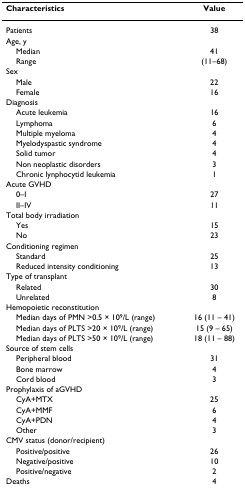
<table><thead><tr><td><b>Characteristics</b></td><td><b>Value</b></td></tr></thead><tbody><tr><td>Patients</td><td>38</td></tr><tr><td>Age, y</td><td></td></tr><tr><td> Median</td><td>41</td></tr><tr><td> Range</td><td>(11–68)</td></tr><tr><td>Sex</td><td></td></tr><tr><td> Male</td><td>22</td></tr><tr><td> Female</td><td>16</td></tr><tr><td>Diagnosis</td><td></td></tr><tr><td> Acute leukemia</td><td>16</td></tr><tr><td> Lymphoma</td><td>6</td></tr><tr><td> Multiple myeloma</td><td>4</td></tr><tr><td> Myelodyspastic syndrome</td><td>4</td></tr><tr><td> Solid tumor</td><td>4</td></tr><tr><td> Non neoplastic disorders</td><td>3</td></tr><tr><td> Chronic lynphocytid leukemia</td><td>1</td></tr><tr><td>Acute GVHD</td><td></td></tr><tr><td> 0–I</td><td>27</td></tr><tr><td> II–IV</td><td>11</td></tr><tr><td>Total body irradiation</td><td></td></tr><tr><td> Yes</td><td>15</td></tr><tr><td> No</td><td>23</td></tr><tr><td>Conditioning regimen</td><td></td></tr><tr><td> Standard</td><td>25</td></tr><tr><td> Reduced intensity conditioning</td><td>13</td></tr><tr><td>Type of transplant</td><td></td></tr><tr><td> Related</td><td>30</td></tr><tr><td> Unrelated</td><td>8</td></tr><tr><td>Hemopoietic reconstitution</td><td></td></tr><tr><td> Median days of PMN &gt;0.5 × 10<sup>9</sup>/L (range)</td><td>16 (11 – 41)</td></tr><tr><td> Median days of PLTS &gt;20 × 10<sup>9</sup>/L (range)</td><td>15 (9 – 65)</td></tr><tr><td> Median days of PLTS &gt;50 × 10<sup>9</sup>/L (range)</td><td>18 (11 – 88)</td></tr><tr><td>Source of stem cells</td><td></td></tr><tr><td> Peripheral blood</td><td>31</td></tr><tr><td> Bone marrow</td><td>4</td></tr><tr><td> Cord blood</td><td>3</td></tr><tr><td>Prophylaxis of aGVHD</td><td></td></tr><tr><td> CyA+MTX</td><td>25</td></tr><tr><td> CyA+MMF</td><td>6</td></tr><tr><td> CyA+PDN</td><td>4</td></tr><tr><td> Other</td><td>3</td></tr><tr><td>CMV status (donor/recipient)</td><td></td></tr><tr><td> Positive/positive</td><td>26</td></tr><tr><td> Negative/positive</td><td>10</td></tr><tr><td> Positive/negative</td><td>2</td></tr><tr><td>Deaths</td><td>4</td></tr></tbody></table>